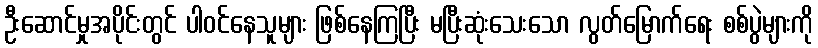
ဦးဆောင်မှုအပိုင်းတွင် ပါဝင်နေသူများ ဖြစ်နေကြပြီး မပြီးဆုံးသေးသော လွတ်မြောက်ရေး စစ်ပွဲများကို